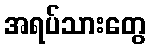
အရပ်သားတွေ